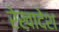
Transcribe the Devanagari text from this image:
रेखादेश